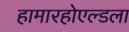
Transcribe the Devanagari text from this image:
हामारहोएल्डला